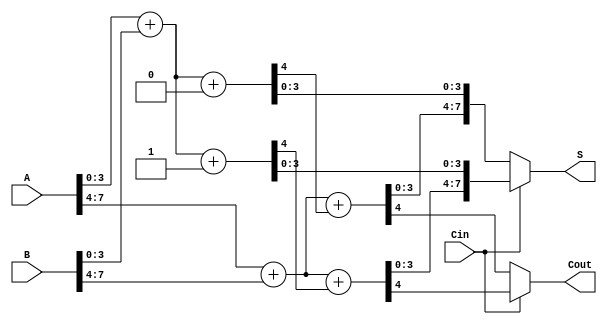
module carry_select_adder (
    input [7:0] A,      // 8-bit input A
    input [7:0] B,      // 8-bit input B
    input Cin,          // Carry-in
    output [7:0] S,     // 8-bit sum output
    output Cout         // Carry-out
);

    // Internal signals
    wire [3:0] S0, S0_prime, S1, S1_prime;
    wire C0, C0_prime, C1, C1_prime;

    // First 4-bit block addition with Cin = 0 and Cin = 1
    assign {C0, S0} = A[3:0] + B[3:0] + 1'b0; // S0 for Cin = 0
    assign {C0_prime, S0_prime} = A[3:0] + B[3:0] + 1'b1; // S0' for Cin = 1

    // Second 4-bit block addition with C0 and C0_prime
    assign {C1, S1} = A[7:4] + B[7:4] + C0; // S1 for C0
    assign {C1_prime, S1_prime} = A[7:4] + B[7:4] + C0_prime; // S1' for C0'

    // Final sum selection based on the carry out
    assign S = (Cin == 1'b0) ? {S1, S0} : {S1_prime, S0_prime};
    
    // Final carry-out selection
    assign Cout = (Cin == 1'b0) ? C1 : C1_prime;

endmodule